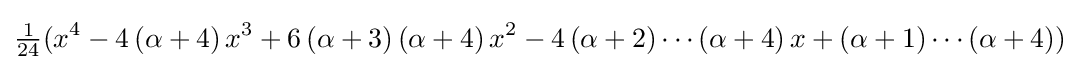
{\tfrac {1}{24}}(x^{4}-4\left(\alpha +4\right)x^{3}+6\left(\alpha +3\right)\left(\alpha +4\right)x^{2}-4\left(\alpha +2\right)\cdots \left(\alpha +4\right)x+\left(\alpha +1\right)\cdots \left(\alpha +4\right))